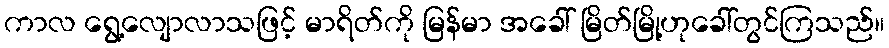
ကာလ ရွေ့လျောလာသဖြင့် မာရိတ်ကို မြန်မာ အခေါ် မြိတ်မြို့ဟုခေါ်တွင်ကြသည်။